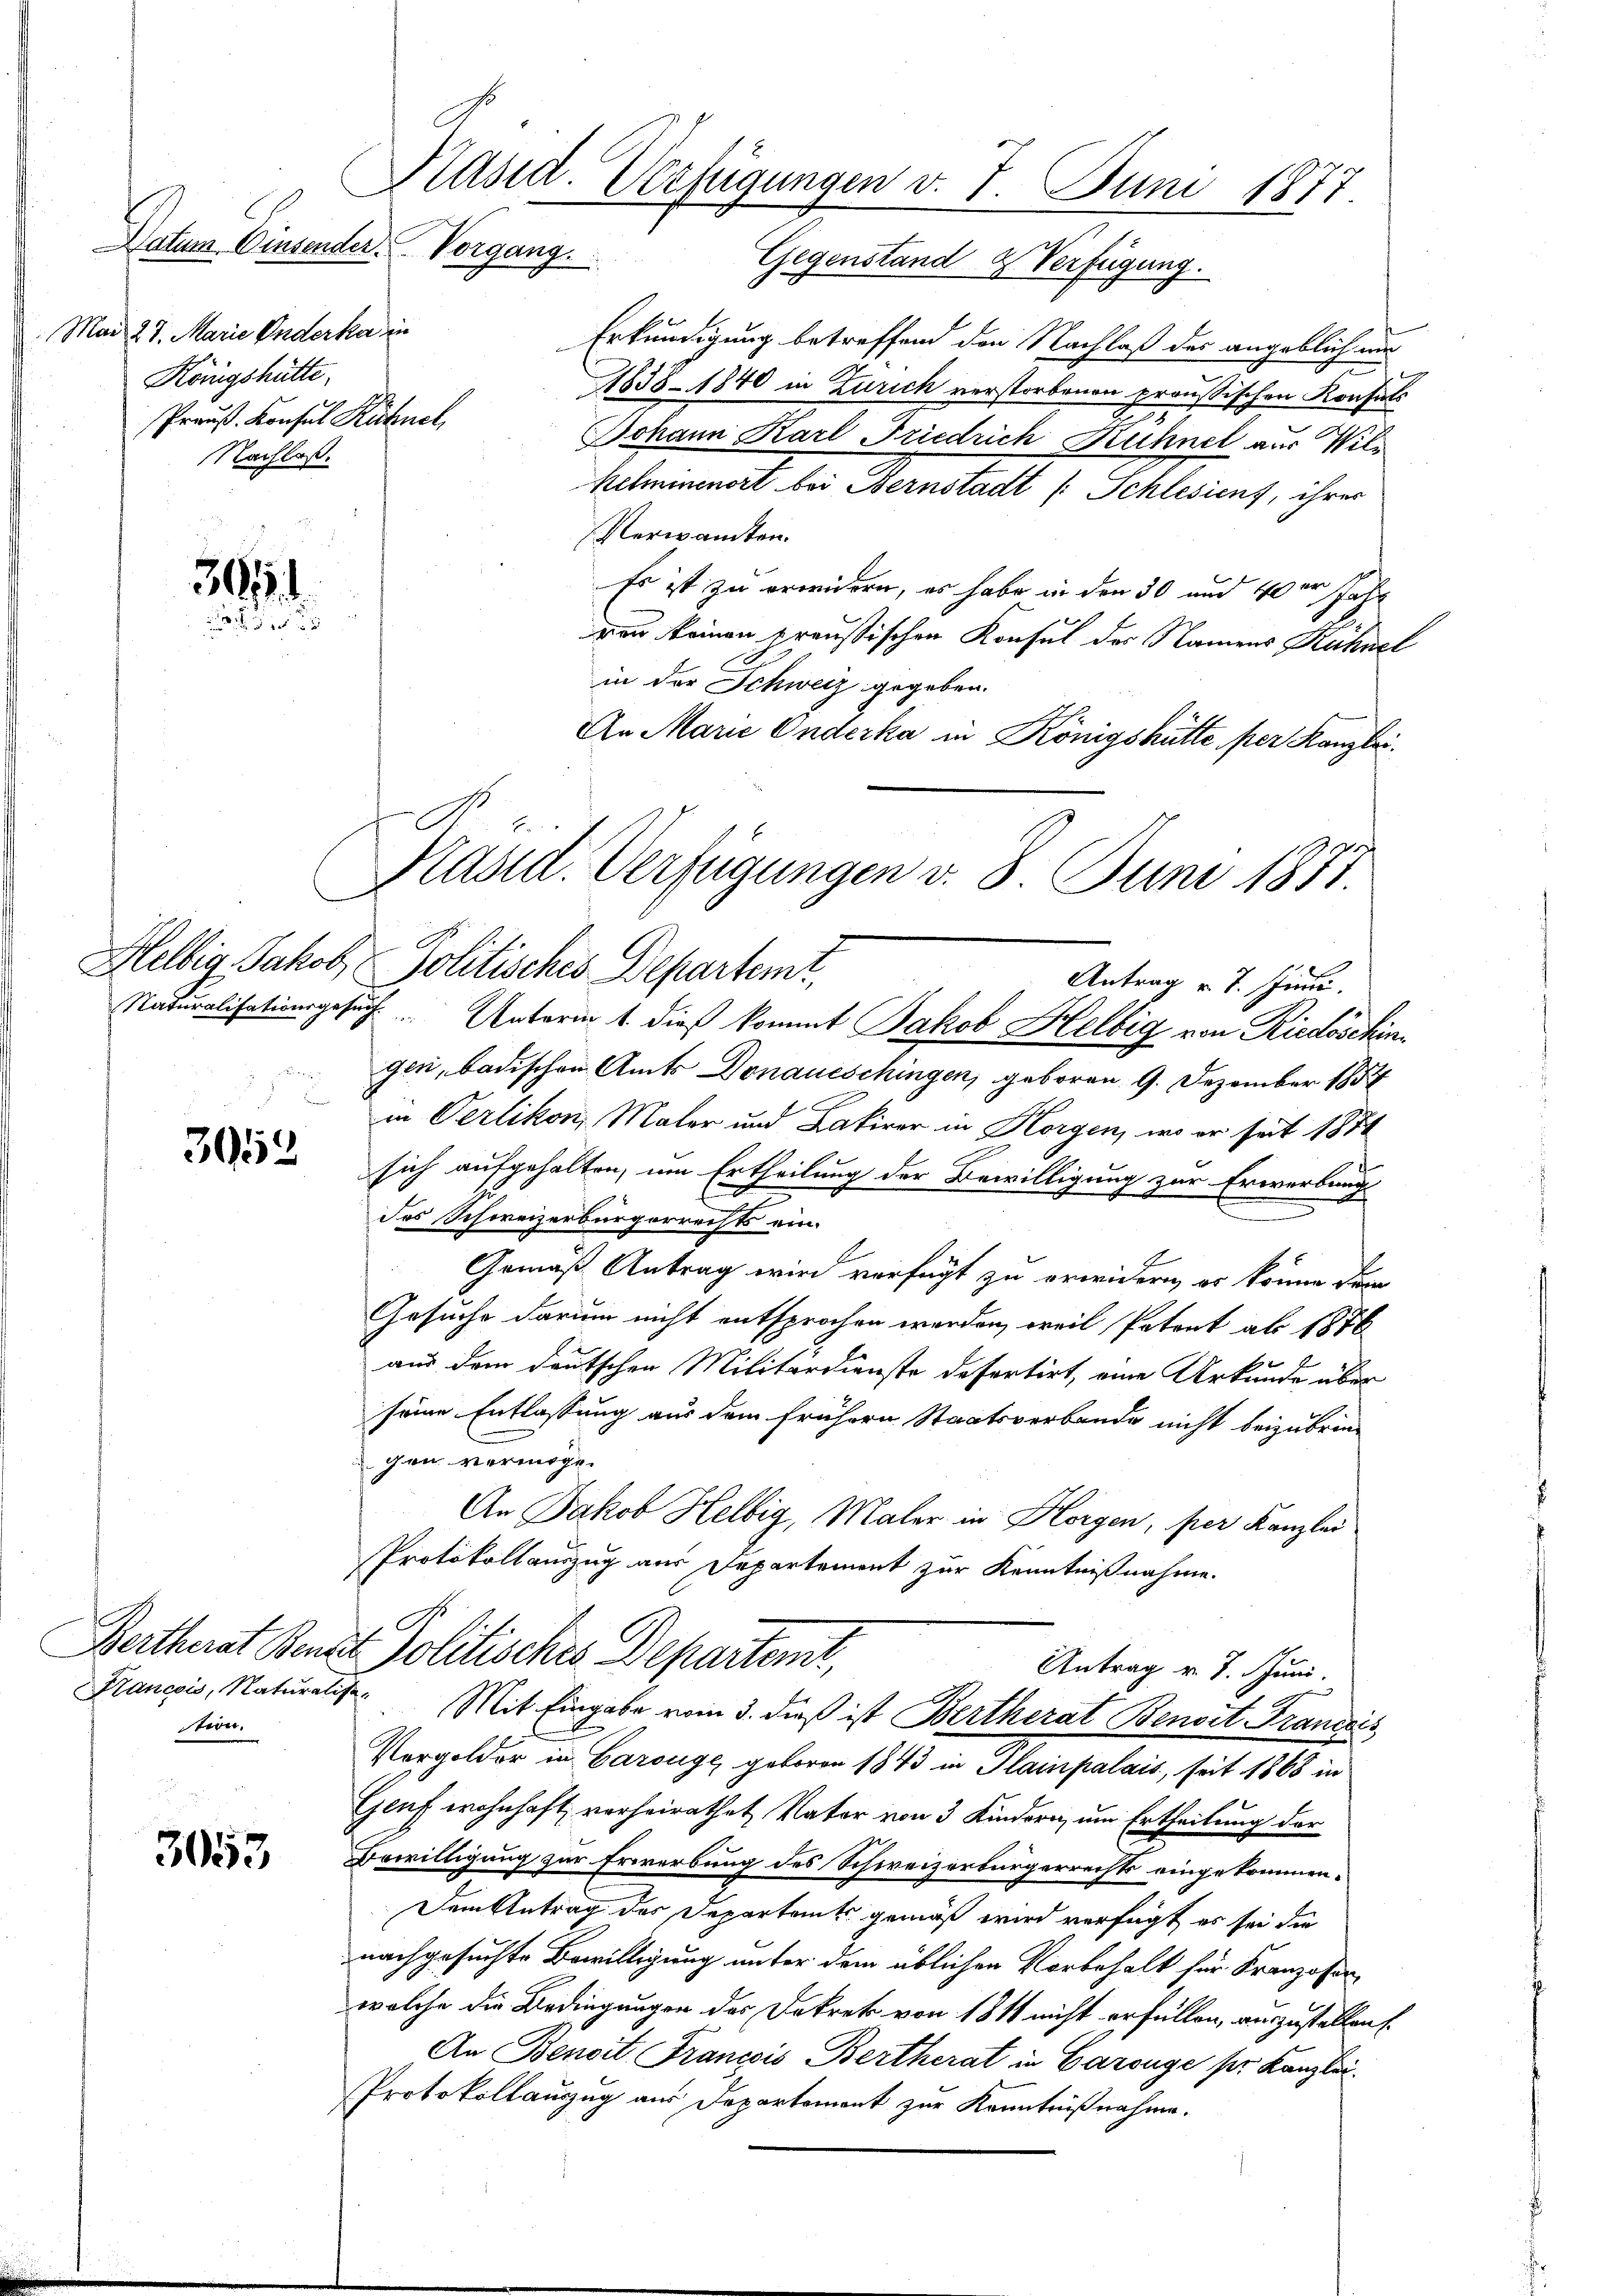
Datum Einsender Vergang.
Mad. 27. Marie Anderker in
Königshätte.
Preuß. Konsul Richnel
Nachlaß.

30.
2

3952

tion.

3053

Präsid. Verfügungen v. 7. Juni 1877

Präsid. Verfügungen v. 8. Juni 1851.

Gegenstand Verfügung.
Erkundigung betreffend den Nachlaß der angeblich nur
1838-1840 in Zürich verstorbenen preußischen Konsuls
Johann Karl Friedrich Ruchnel aus Wilhelminenort bei Bernstadt (Schlesiens, ihres
Verwandten.
Es ist zu erwidern, es habe in den 30 und 40er Jahr
ren keinen preußischen Konsul der Namens Hühnel
in der Schweiz gegeben.
An Marie Onderka in Königshütte per Kanzlei

Helbig Jakob, Politisches Departemt,
Antrag v. 7. Juni.
Naturalisationsgesuch. Unterm 1. dieß kommt Jakob Helbig von Riedoschine
gen, badischen Amts Donaueschingen, geboren, 9. Dezember 185
in Verlikon, Mater und Latirer in Horgen, wo er seit 1871
sich aufgehalten, um Ertheilung der Bewilligung zur Erwerbungs
e
des Schweizerbürgerrechts ein.
Gemäß Antrag wird verfügt zu erwidern, er könne dem
Gesuche darum nicht entsprochen werden, weil Patent ab 1876
aus dem deutschen Militärdienste defertirt, eine Urkunde über
seine Entlassung aus dem frühern Staatsverbande nicht beizubrin-
gen vermöge.
An Jakob Helbig, Maler in Horgen, per Kanzlei
Protokollauszug aus Departement zur Kenntnißnahme.
Bertherat Benz Politisches Departemt,
Antrag v. 7. Juni.
Francois, Naturalist. Mit Eingabe vom 3. dieß ist Bertherat Benoit Francois
Vergolder in Carouge geboren 1843 in Plainpalais, seit 1868 in
Genf wohnhaft verheirathet, Vater von 3 Kindern, um Ertheilung der
Bewilligung zur Erwerbung des Schweizerbürgerrechts eingekommen.
Dem Antrag des Departamt gemäß wird verfügt es sei die
nachgesuchte Bewilligung unter dem üblichen Vorbehalt für Franzosen
welche die Bedingungen der Dekret von 1811 nicht erfüllen, auszustellen.
An Benoit Francois Bertherat in Garange pr. Kanzlei-
Protokollauszug aus Departement zur Kenntnißnahme.